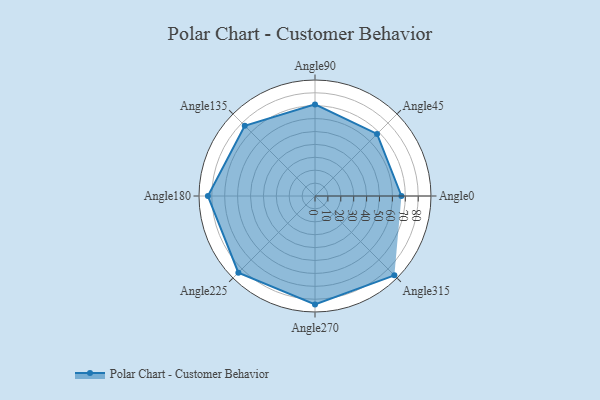
{"axis": {"x": "Angle", "y": "Radius"}, "legend": [""], "data": [{"x": "Angle0", "y": 67.0, "type": ""}, {"x": "Angle45", "y": 68.0, "type": ""}, {"x": "Angle90", "y": 71.0, "type": ""}, {"x": "Angle135", "y": 77.0, "type": ""}, {"x": "Angle180", "y": 83.0, "type": ""}, {"x": "Angle225", "y": 84.0, "type": ""}, {"x": "Angle270", "y": 84.0, "type": ""}, {"x": "Angle315", "y": 87.0, "type": ""}]}